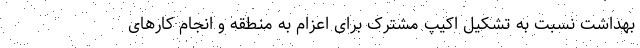
بهداشت نسبت به تشکیل اکیپ مشترک برای اعزام به منطقه و انجام کار‌های